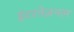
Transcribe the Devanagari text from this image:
इंटरनेज़नल